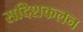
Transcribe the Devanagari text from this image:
सदिशकलन